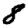
Digit: 8